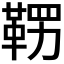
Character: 𮧚